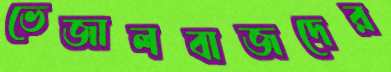
ভেজালবাজদের